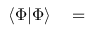
\begin{array} { r l r } { \langle \Phi | \Phi \rangle } & { { } = } & { } \end{array}